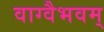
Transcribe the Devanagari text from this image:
वाग्वैभवम्